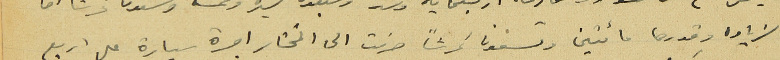
الزياده وقدرها مائتين وتسعون غرشاً صرفت الى المختار اجرة سيارة على اربع